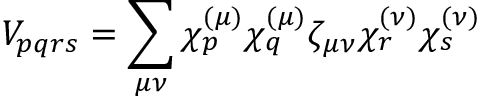
V _ { p q r s } = \sum _ { \mu \nu } \chi _ { p } ^ { ( \mu ) } \chi _ { q } ^ { ( \mu ) } \zeta _ { \mu \nu } \chi _ { r } ^ { ( \nu ) } \chi _ { s } ^ { ( \nu ) }